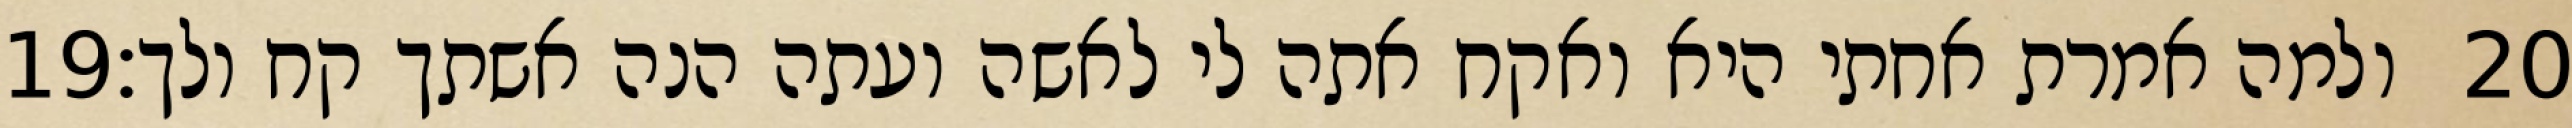
‎19‏ ולמה אמרת אחתי היא ואקח אתה לי לאשה ועתה הנה אשתך קח ולך׃ ‎20‏